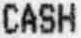
CASH